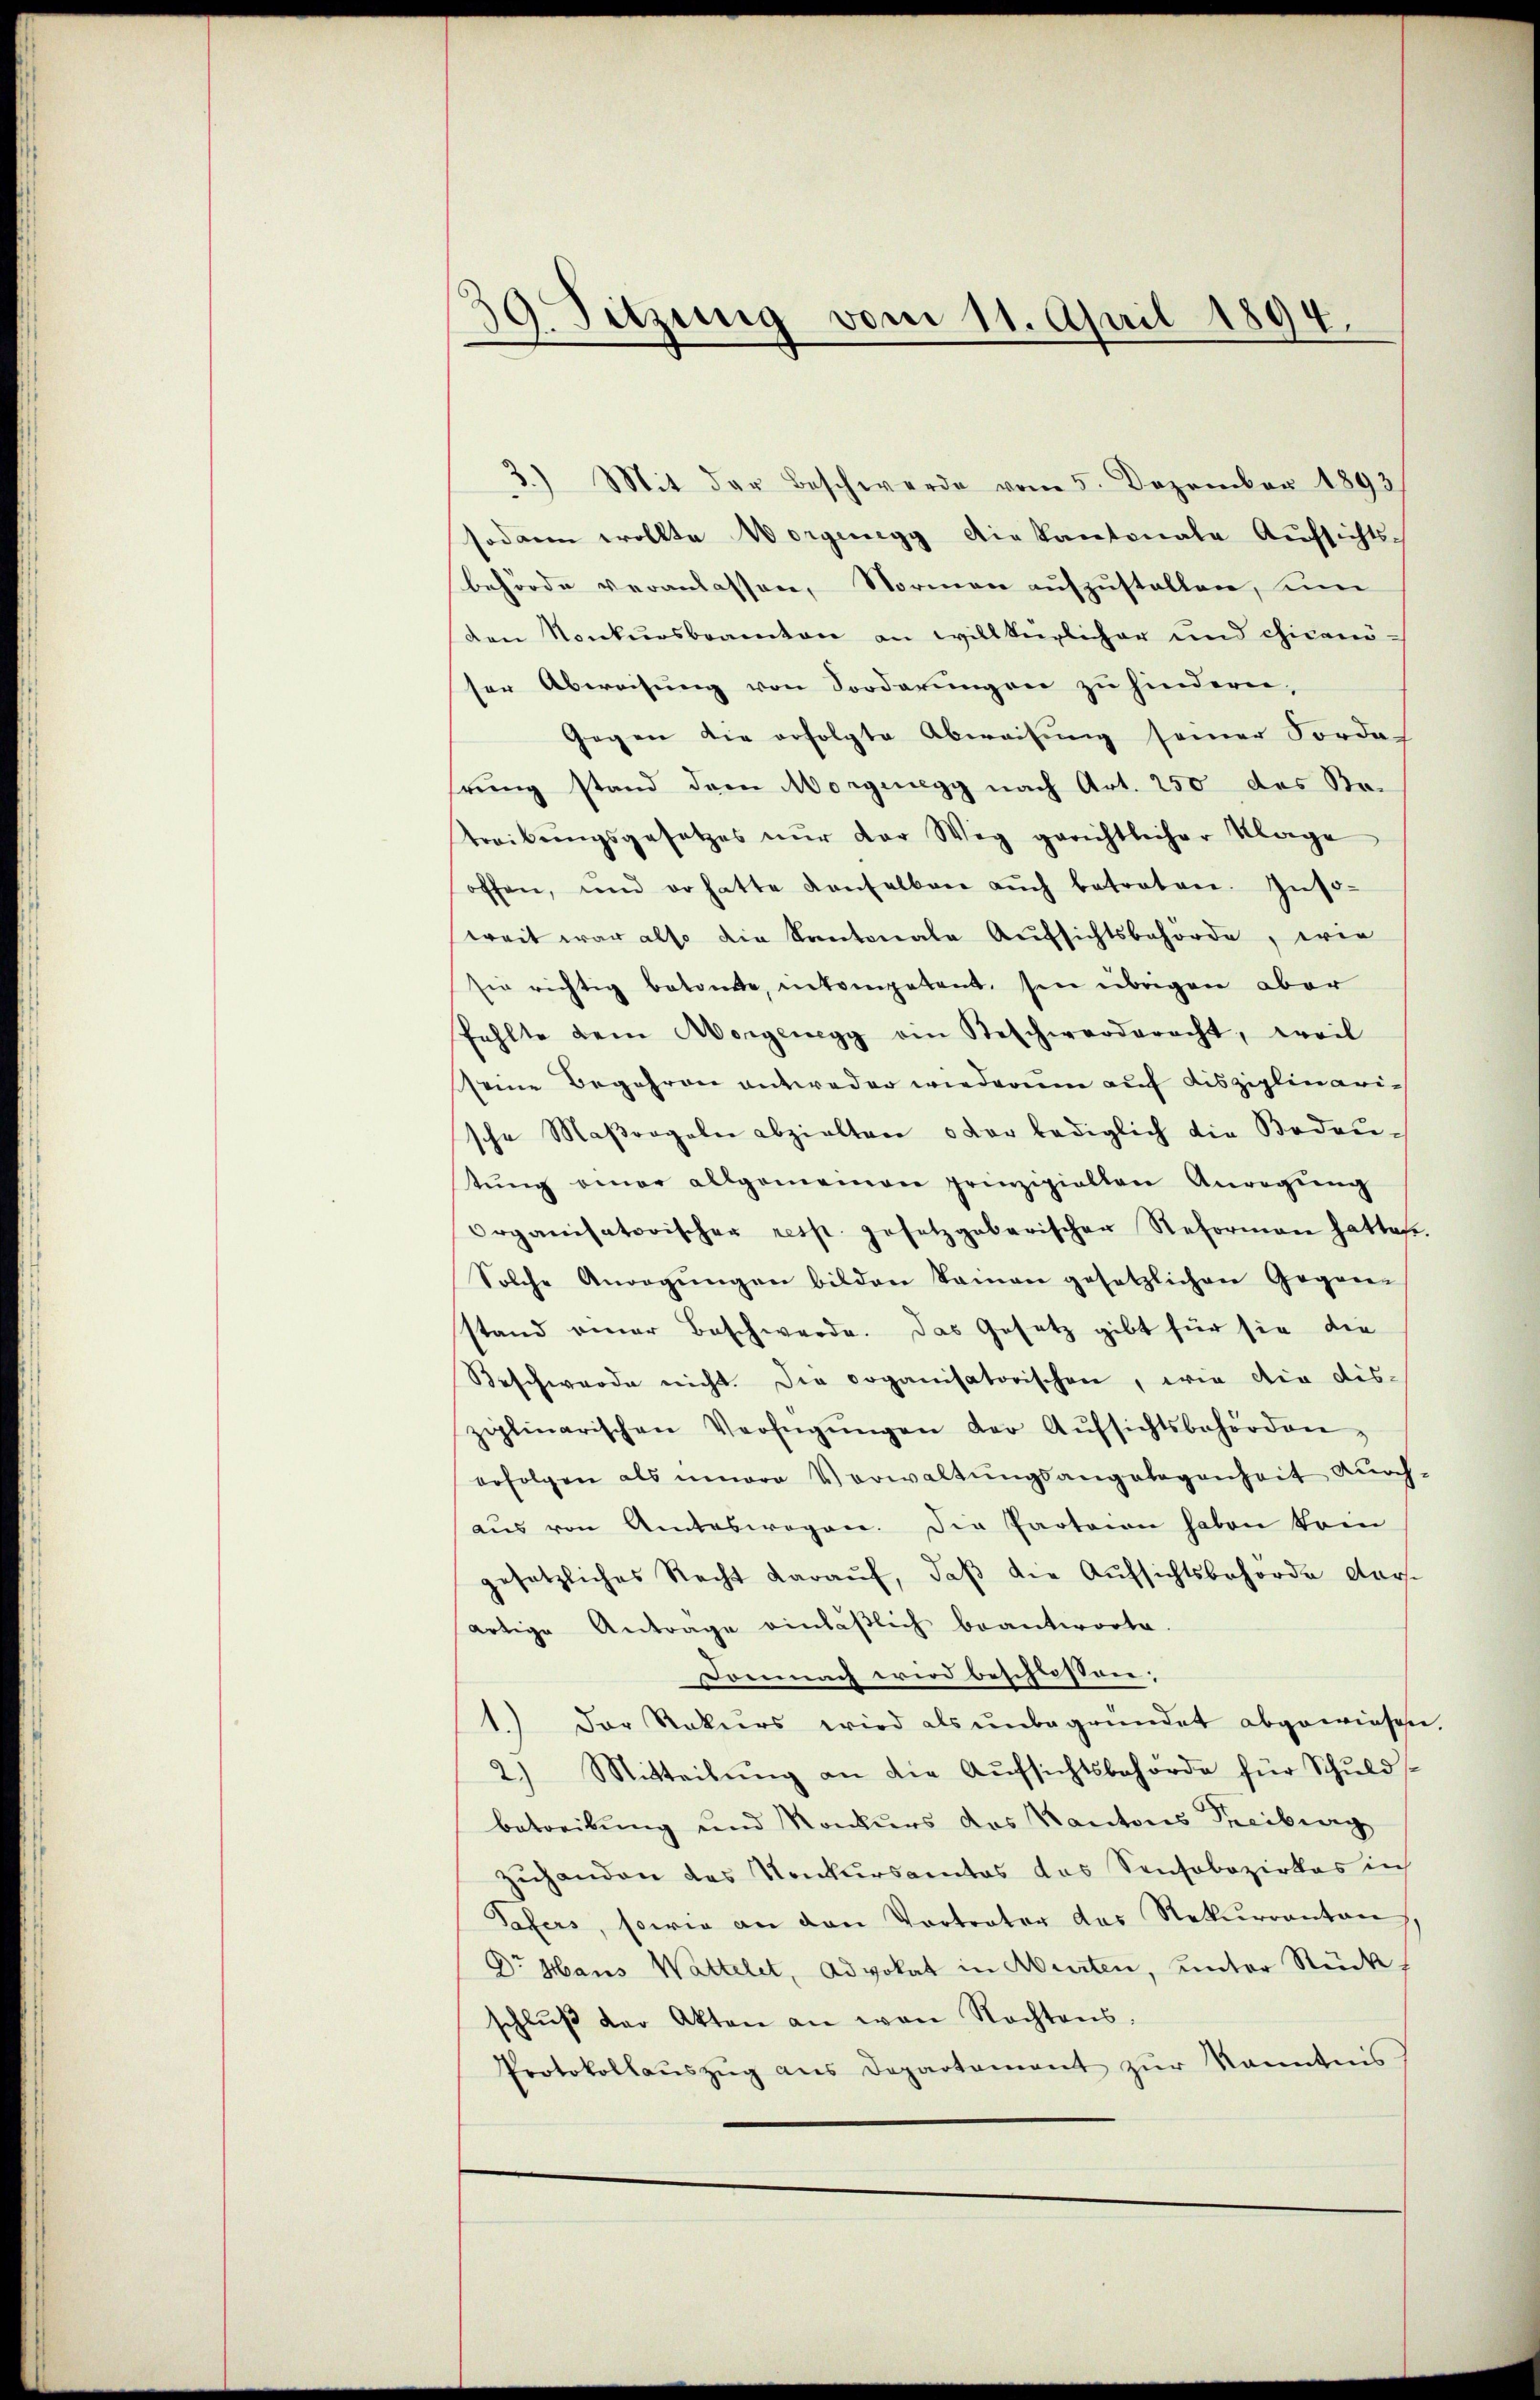
39. Sitzung vom 11. April 1894.

3.) Mit der Beschwerde vom 5. Dezember 1893
sodann wollte Vorgengg die kantonale Aufsichts-
behörde veranlassen, Normen aufzustellen, un
den Konkursbeamten an willkürlicher und chicaniser Abweisung von Sorderungen zu hindern,
Gegen die erfolgte Abweisung seiner Forde-
rung stand dem Morgenegg nach Art. 250 des Betreibŭngsgesetzes nŭr der Weg gerichtlicher Klage
offen, und er hatte denselben aŭch betreten. Inso-
weit war also die Kantonale Aufsichtsbehörde, wie
sie richtig betone, netompetent, sie übrigen aber
fehlte dem Morgenegg ein Beschwerderacht, weil
seine Begehren antweder wiederum auf disziplinarische Maβorgabe abzielten oder lediglich die Bedeu-
tŭng einer allgemeinen prinzipiellen Anregŭng
Organisatorischer resp. gesetzgebarischer Reformen hattest.
Solche Anorgŭngen bilden kamen gesetzlichen Gegen-
stand einer Beschwerde. Das Gesetz gibt für sie die
Beschwerde nicht. Die coganisatorischen, wie die dis-
ziplinarischen Verfügŭngen der Aŭfsichtsbehörden,
erfolgen als innere Verwaltŭngsangelegenheit auch-
aus von Amteswegen. Die Parteien haben kein
gesetzliches Recht daraŭf, daβ die Aŭfsichtsbehörde dars
artige Antrage einläβlich beantworte.
Domnach wird beschlossen;
1.) Der Rekurs wird als unbegründet abgewiesen.
2.) Mitteilŭng an die Aufsichtsbehörde für Schuld
betreibung und Konkurs des Kantons Treiburg
zuhanden des Konkursamtes das Sensobozirkes in
Tafers, sowie an den Vortrator des Rekurrenten,
Dr Haus Wattelet, Advokat in Murten, unter Rück
schlŭβ der Akten an von Nachtens.
Protokollaŭszŭg ans Departement zŭr Kenntnis